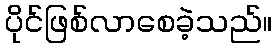
ပိုင်ဖြစ်လာစေခဲ့သည်။